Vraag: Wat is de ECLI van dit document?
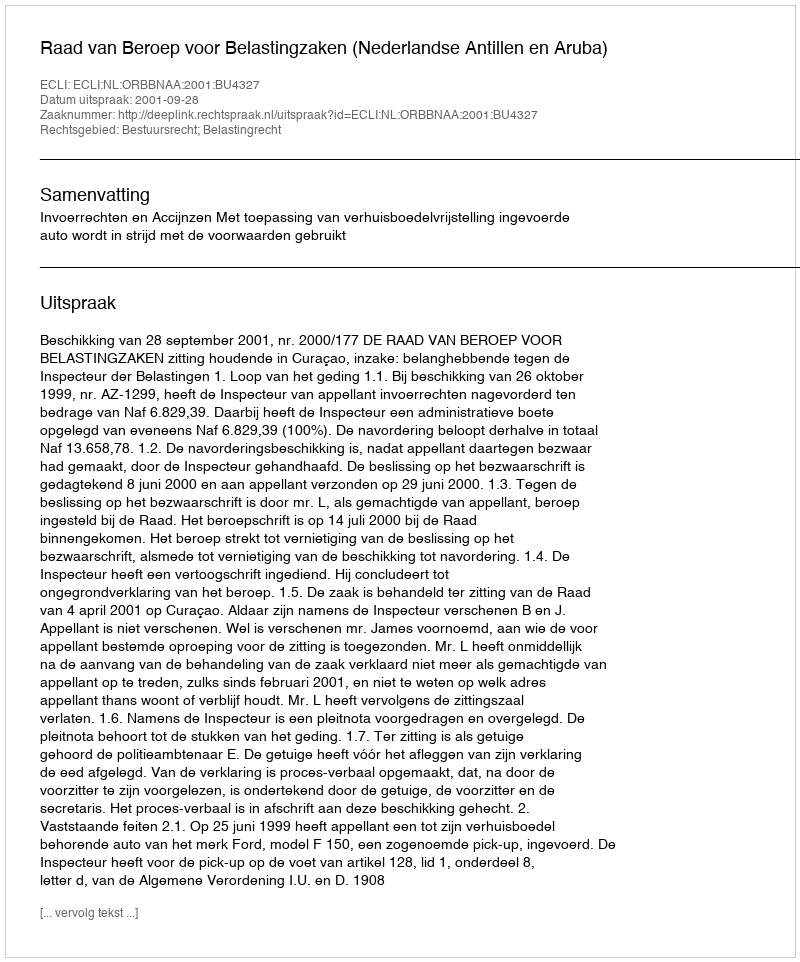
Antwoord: ECLI:NL:ORBBNAA:2001:BU4327